Source: Handwritten
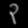
Digit: ၃ (3)